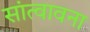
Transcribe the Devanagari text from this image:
सांत्वावना